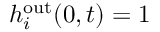
h _ { i } ^ { \mathrm { o u t } } ( 0 , t ) = 1